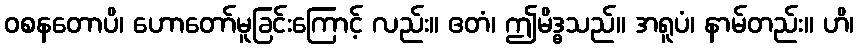
ဝစနတောပိ၊ ဟောတော်မူခြင်းကြောင့် လည်း။ ဧတံ၊ ဤမိဒ္ဓသည်။ အရူပံ၊ နာမ်တည်း။ ဟိ၊